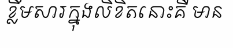
ខ្លឹមសារក្នុងលិខិតនោះគឺ មាន